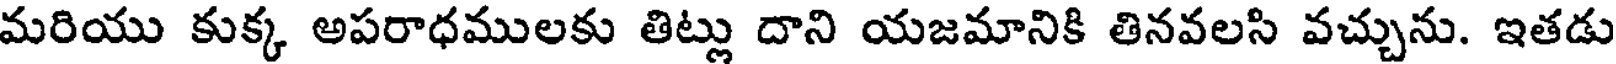
మరియు కుక్క అపరాధములకు తిట్లు దాని యజమానికి తినవలసి వచ్చును. ఇతడు